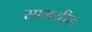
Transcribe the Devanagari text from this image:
सामयीन